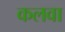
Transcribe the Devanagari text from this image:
कलवा